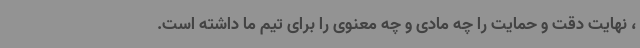
، نهایت دقت و حمایت را چه مادی و چه معنوی را برای تیم ما داشته است.